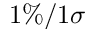
1 \% / 1 \sigma